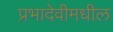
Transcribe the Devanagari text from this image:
प्रभादेवीमधील